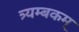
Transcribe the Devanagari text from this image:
त्र्यम्‍बकम्